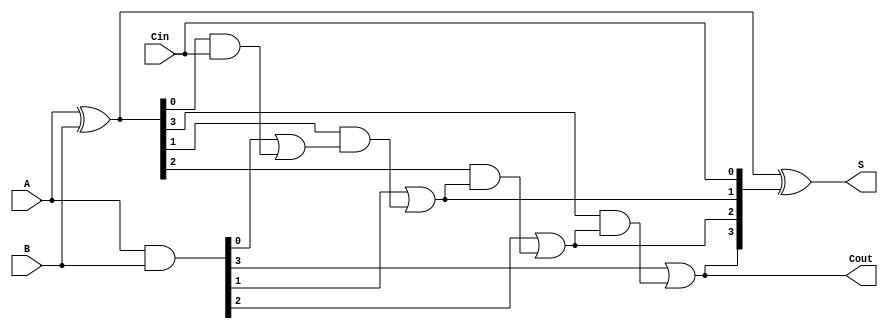
module VLCLA #(parameter N = 4, parameter LATENCY_LEVEL = 2) (
    input  [N-1:0] A,       // First operand
    input  [N-1:0] B,       // Second operand
    input  Cin,             // Carry-in
    output [N-1:0] S,       // Sum output
    output Cout             // Carry-out
);

    // Generate and Propagate signals
    wire [N-1:0] P; // Propagate
    wire [N-1:0] G; // Generate
    wire [N:0] C;   // Carry signals

    // Generate P and G signals
    assign P = A ^ B; // Propagate
    assign G = A & B; // Generate

    // Carry generation using hierarchical carry lookahead logic
    // Level 1 carry generation
    genvar i;
    generate
        for (i = 0; i < N; i = i + 1) begin : carry_gen
            if (i == 0) begin
                assign C[i] = G[i] | (P[i] & Cin); // C[0]
            end else begin
                assign C[i] = G[i] | (P[i] & C[i-1]); // C[i]
            end
        end
    endgenerate

    // Carry-out
    assign Cout = C[N-1];

    // Sum calculation
    assign S = P ^ {C[N-1:1], Cin}; // Sum calculation

endmodule